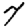
Digit: 7